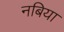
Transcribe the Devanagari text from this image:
नबिया